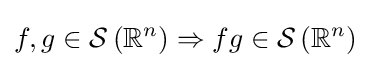
f,g\in {\mathcal {S}}\left(\mathbb {R} ^{n}\right)\Rightarrow fg\in {\mathcal {S}}\left(\mathbb {R} ^{n}\right)